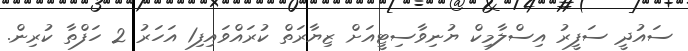
ސައުދީ ސަފީރު އިސްލާމިކް ޔުނިވާސިޓީއަށް ޒިޔާރަތް ކުރައްވައިފި1 އަހަރު 2 ހަފްތާ ކުރިން.